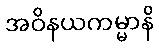
အဝိနယကမ္မာနိ